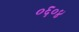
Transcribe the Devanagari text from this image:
०६०४